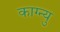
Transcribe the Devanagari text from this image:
काग्न्यु